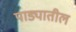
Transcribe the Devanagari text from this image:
पाड्यातील